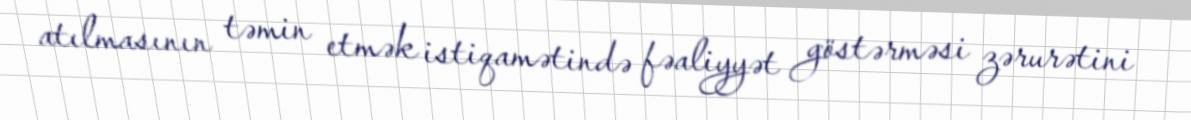
atılmasının təmin etmək istiqamətində fəaliyyət göstərməsi zərurətini